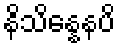
နိသိန္နေနပိ